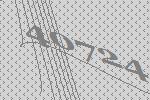
40724